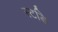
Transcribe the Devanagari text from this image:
स्टडि